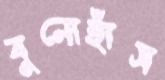
বুনোহাঁস